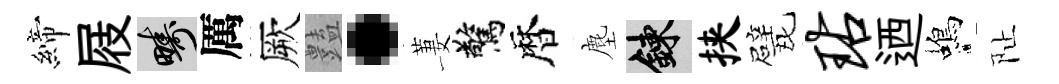
締屐疇厲厥𧰟·萋驚暦塵練挟戏玷迺蝎阯